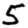
Digit: 5